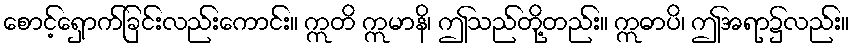
စောင့်ရှောက်ခြင်းလည်းကောင်း။ ဣတိ ဣမာနိ၊ ဤသည်တို့တည်း။ ဣဓာပိ၊ ဤအရာ၌လည်း။